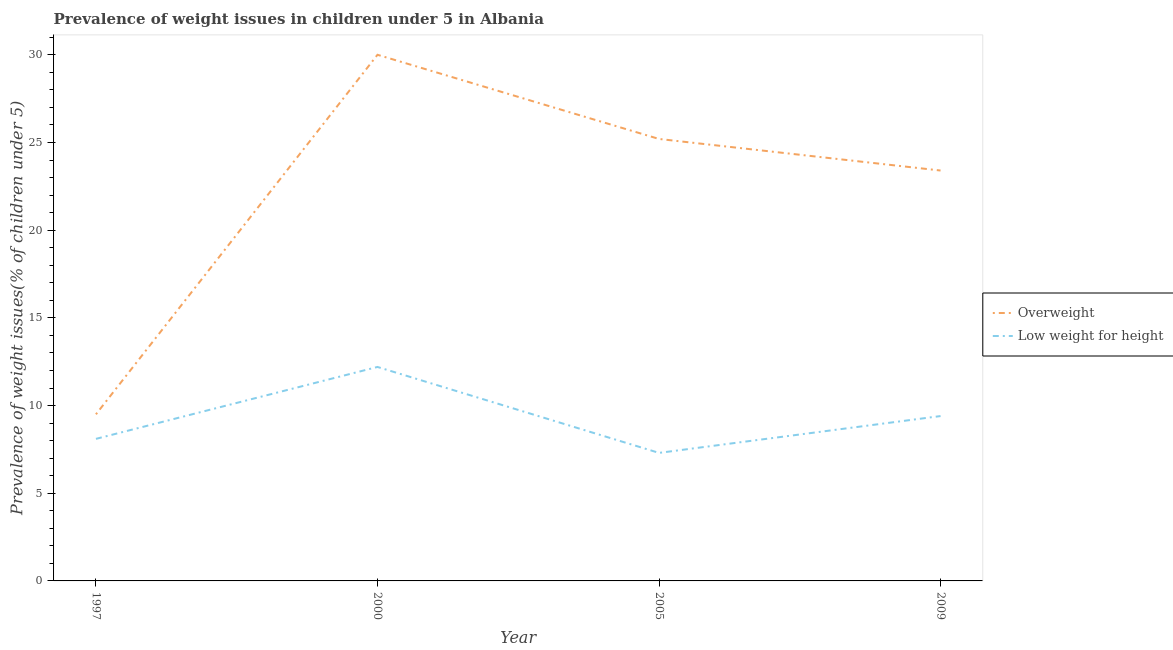
| Year | Overweight | Low weight for height |
 | --- | --- | --- |
 | 1997 | 9.5 | 8.1 |
 | 2000 | 30 | 12.2 |
 | 2005 | 25.2 | 7.3 |
 | 2009 | 23.4 | 9.4 |